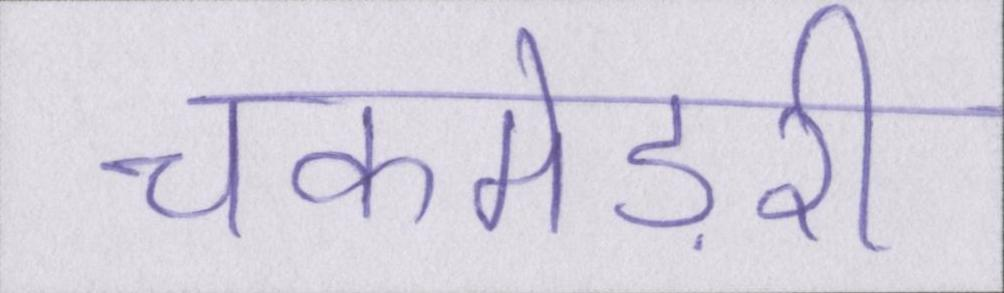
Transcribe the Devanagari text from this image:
चकमेड़री